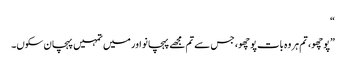
“
”پوچھو، تم ہر وہ بات پوچھو، جس سے تم مجھے پہچانو اور میں تمہیں پہچان سکوں۔